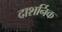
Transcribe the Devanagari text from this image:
दाशर्निक